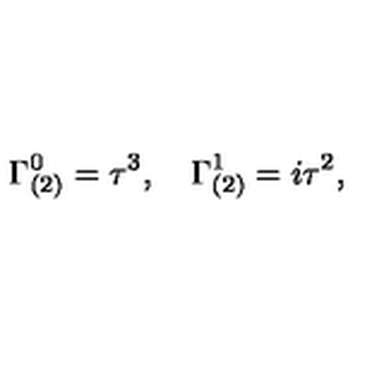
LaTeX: \Gamma _ { ( 2 ) } ^ { 0 } = \tau ^ { 3 } , \quad \Gamma _ { ( 2 ) } ^ { 1 } = i \tau ^ { 2 } ,